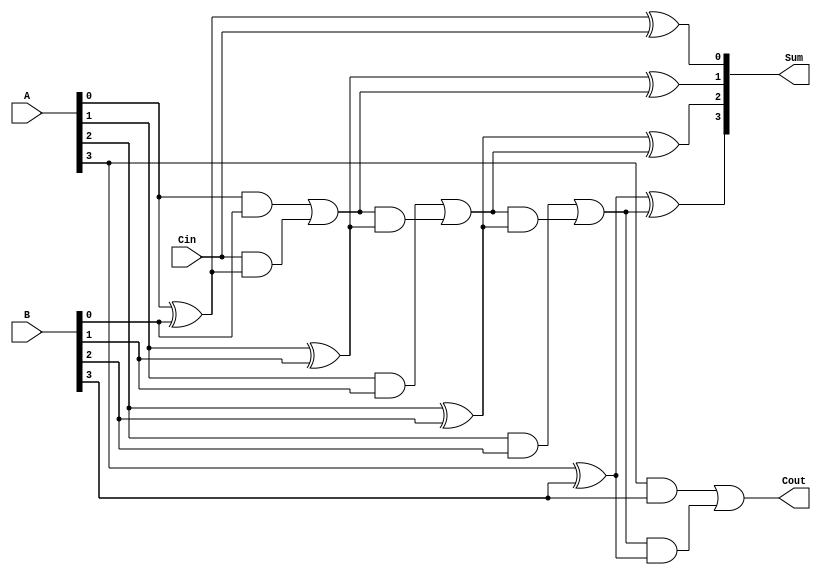
module RCA_4bit (
    input [3:0] A,
    input [3:0] B,
    input Cin,
    output [3:0] Sum,
    output Cout
);
    wire [3:0] C;

    // Generate carry signals for the 4-bit RCA
    assign C[0] = Cin;
    assign Sum[0] = A[0] ^ B[0] ^ C[0];
    assign C[1] = (A[0] & B[0]) | (C[0] & (A[0] ^ B[0]));
    assign Sum[1] = A[1] ^ B[1] ^ C[1];
    assign C[2] = (A[1] & B[1]) | (C[1] & (A[1] ^ B[1]));
    assign Sum[2] = A[2] ^ B[2] ^ C[2];
    assign C[3] = (A[2] & B[2]) | (C[2] & (A[2] ^ B[2]));
    assign Sum[3] = A[3] ^ B[3] ^ C[3];
    assign Cout = (A[3] & B[3]) | (C[3] & (A[3] ^ B[3]));
endmodule